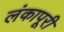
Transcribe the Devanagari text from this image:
लंकापूरी